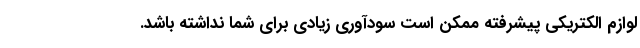
لوازم الکتریکی پیشرفته ممکن است سودآوری زیادی برای شما نداشته باشد.